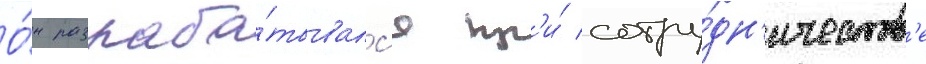
О́н разраба́тывалс'я пр'и́ сотру́дн'ичеств'е